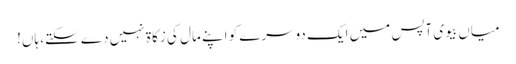
میاں بیوی آپس میں ایک دوسرے کو اپنے مال کی زکاۃ نہیں دے سکتے، ہاں!